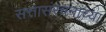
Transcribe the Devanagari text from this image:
सत्तासंरचनांच्या